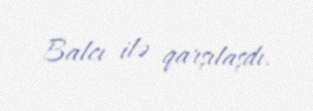
Balcı ilə qarşılaşdı.